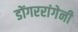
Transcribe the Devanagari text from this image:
डोंगररांगेनी